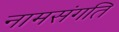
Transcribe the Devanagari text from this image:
नामसंगति